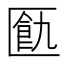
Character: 㔲